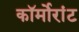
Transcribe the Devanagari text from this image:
कॉर्मोरांट